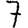
Digit: 7